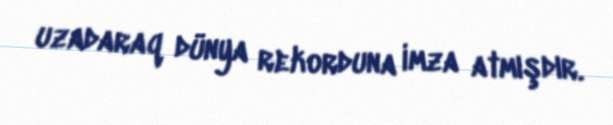
uzadaraq dünya rekorduna imza atmışdır.